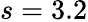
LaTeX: s=3.2